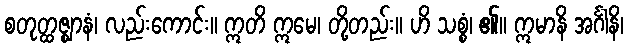
စတုတ္ထဇ္ဈာနံ၊ လည်းကောင်း။ ဣတိ ဣမေ၊ တို့တည်း။ ဟိ သစ္စံ၊ ၏။ ဣမာနိ အင်္ဂါနိ၊